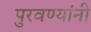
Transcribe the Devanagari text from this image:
पुरवण्यांनी